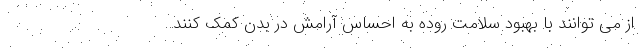
از می توانند با بهبود سلامت روده به احساس آرامش در بدن کمک کنند.